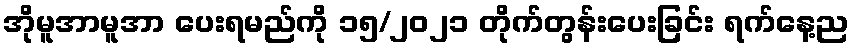
အိုမူအာမူအာ ပေးရမည်ကို ၁၅/၂၀၂၁ တိုက်တွန်းပေးခြင်း ရက်နေ့ည